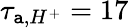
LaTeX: \tau_{\mathtt{a},H^{+}}=17